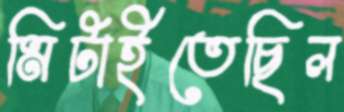
মিটাইতেছিল